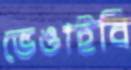
ভেঙাইবি